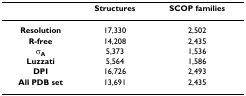
|  | Structures | SCOP families |
 | --- | --- | --- |
 | Resolution | 17,330 | 2,502 |
 | R-free | 14,208 | 2,435 |
 | σA | 5,373 | 1,536 |
 | Luzzati | 5,564 | 1,586 |
 | DPI | 16,726 | 2,493 |
 | All PDB set | 13,691 | 2,435 |